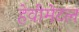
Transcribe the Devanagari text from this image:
हेवीमेटल